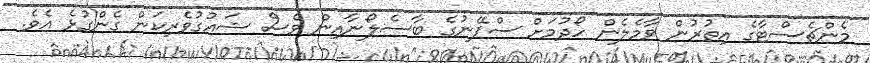
މެންޗެސްޓާގެ އިތުރުން ވާމެލެން ހޯދުމަށް ސްޕޭނުގެ ބާސެލޯނާއިން ވެސް ޝައުގުވެރިކަން ގެންގުޅެ އެވެ.